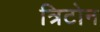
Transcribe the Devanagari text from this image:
त्रिटोन